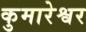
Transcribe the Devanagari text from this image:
कुमारेश्वर